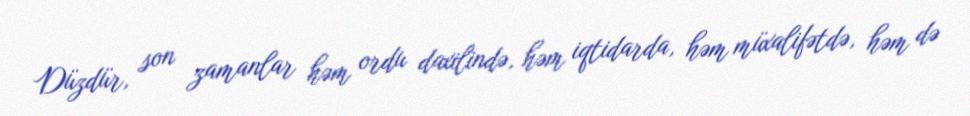
Düzdür, son zamanlar həm ordu daxilində, həm iqtidarda, həm müxalifətdə, həm də